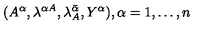
( A ^ { \alpha } , \lambda ^ { \alpha A } , \lambda _ { A } ^ { \bar { \alpha } } , Y ^ { \alpha } ) , \alpha = 1 , \ldots , n